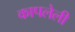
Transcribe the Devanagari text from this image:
कापलेली